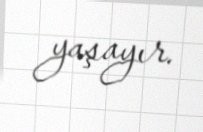
yaşayır.